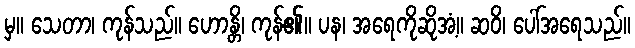
မှ။ သေတာ၊ ကုန်သည်။ ဟောန္တိ၊ ကုန်၏။ ပန၊ အရေကိုဆိုအံ့။ ဆဝိ၊ ပေါ်အရေသည်။